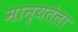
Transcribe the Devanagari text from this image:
मान्यतेला